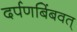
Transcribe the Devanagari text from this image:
दर्पणबिंबवत्